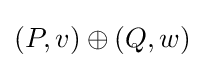
(P,v)\oplus (Q,w)